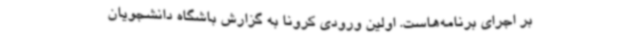
بر اجرای برنامه‌هاست. اولین ورودی کرونا به گزارش باشگاه دانشجویان